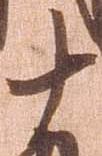
十